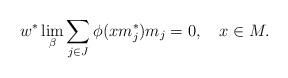
LaTeX: \begin{align*}w^*{}\lim_\beta \sum_{j\in J}\phi(xm_j^*)m_j=0,\ \ \ x\in M.\end{align*}